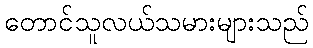
တောင်သူလယ်သမားများသည်